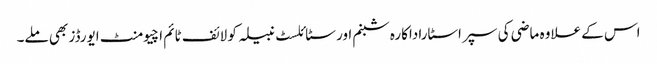
اس کے علاوہ ماضی کی سپر اسٹاراداکارہ شبنم اور سٹائلسٹ نبیلہ کو لائف ٹائم اچیومنٹ ایورڈز بھی ملے۔